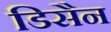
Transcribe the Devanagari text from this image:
डिसैन